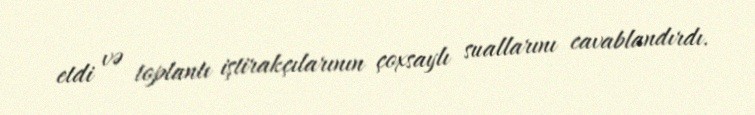
etdi və toplantı iştirakçılarının çoxsaylı suallarını cavablandırdı.